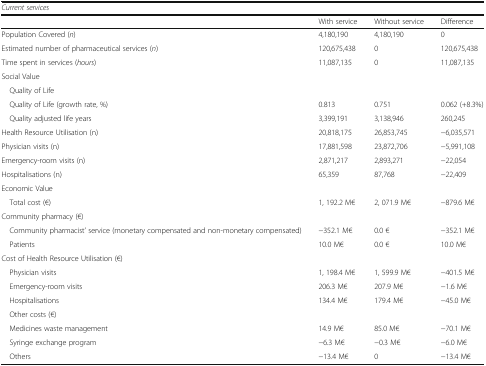
<table><thead><tr><td colspan="4"><b><i>Current services</i></b></td></tr><tr><td></td><td><b>With service</b></td><td><b>Without service</b></td><td><b>Difference</b></td></tr></thead><tbody><tr><td>Population Covered (<i>n</i>)</td><td>4,180,190</td><td>4,180,190</td><td>0</td></tr><tr><td>Estimated number of pharmaceutical services (<i>n</i>)</td><td>120,675,438</td><td>0</td><td>120,675,438</td></tr><tr><td>Time spent in services (<i>hours</i>)</td><td>11,087,135</td><td>0</td><td>11,087,135</td></tr><tr><td colspan="4">Social Value</td></tr><tr><td colspan="4"> Quality of Life</td></tr><tr><td> Quality of Life (growth rate, %)</td><td>0.813</td><td>0.751</td><td>0.062 (+8.3%)</td></tr><tr><td> Quality adjusted life years</td><td>3,399,191</td><td>3,138,946</td><td>260,245</td></tr><tr><td>Health Resource Utilisation (n)</td><td>20,818,175</td><td>26,853,745</td><td>−6,035,571</td></tr><tr><td>Physician visits (n)</td><td>17,881,598</td><td>23,872,706</td><td>−5,991,108</td></tr><tr><td>Emergency-room visits (n)</td><td>2,871,217</td><td>2,893,271</td><td>−22,054</td></tr><tr><td>Hospitalisations (n)</td><td>65,359</td><td>87,768</td><td>−22,409</td></tr><tr><td colspan="4">Economic Value</td></tr><tr><td> Total cost (€)</td><td>1, 192.2 M€</td><td>2, 071.9 M€</td><td>−879.6 M€</td></tr><tr><td colspan="4">Community pharmacy (€)</td></tr><tr><td> Community pharmacist’ service (monetary compensated and non-monetary compensated)</td><td>−352.1 M€</td><td>0.0 €</td><td>−352.1 M€</td></tr><tr><td> Patients</td><td>10.0 M€</td><td>0.0 €</td><td>10.0 M€</td></tr><tr><td colspan="4">Cost of Health Resource Utilisation (€)</td></tr><tr><td> Physician visits</td><td>1, 198.4 M€</td><td>1, 599.9 M€</td><td>−401.5 M€</td></tr><tr><td> Emergency-room visits</td><td>206.3 M€</td><td>207.9 M€</td><td>−1.6 M€</td></tr><tr><td> Hospitalisations</td><td>134.4 M€</td><td>179.4 M€</td><td>−45.0 M€</td></tr><tr><td> Other costs (€)</td><td></td><td></td><td></td></tr><tr><td> Medicines waste management</td><td>14.9 M€</td><td>85.0 M€</td><td>−70.1 M€</td></tr><tr><td> Syringe exchange program</td><td>−6.3 M€</td><td>−0.3 M€</td><td>−6.0 M€</td></tr><tr><td> Others</td><td>−13.4 M€</td><td>0</td><td>−13.4 M€</td></tr></tbody></table>